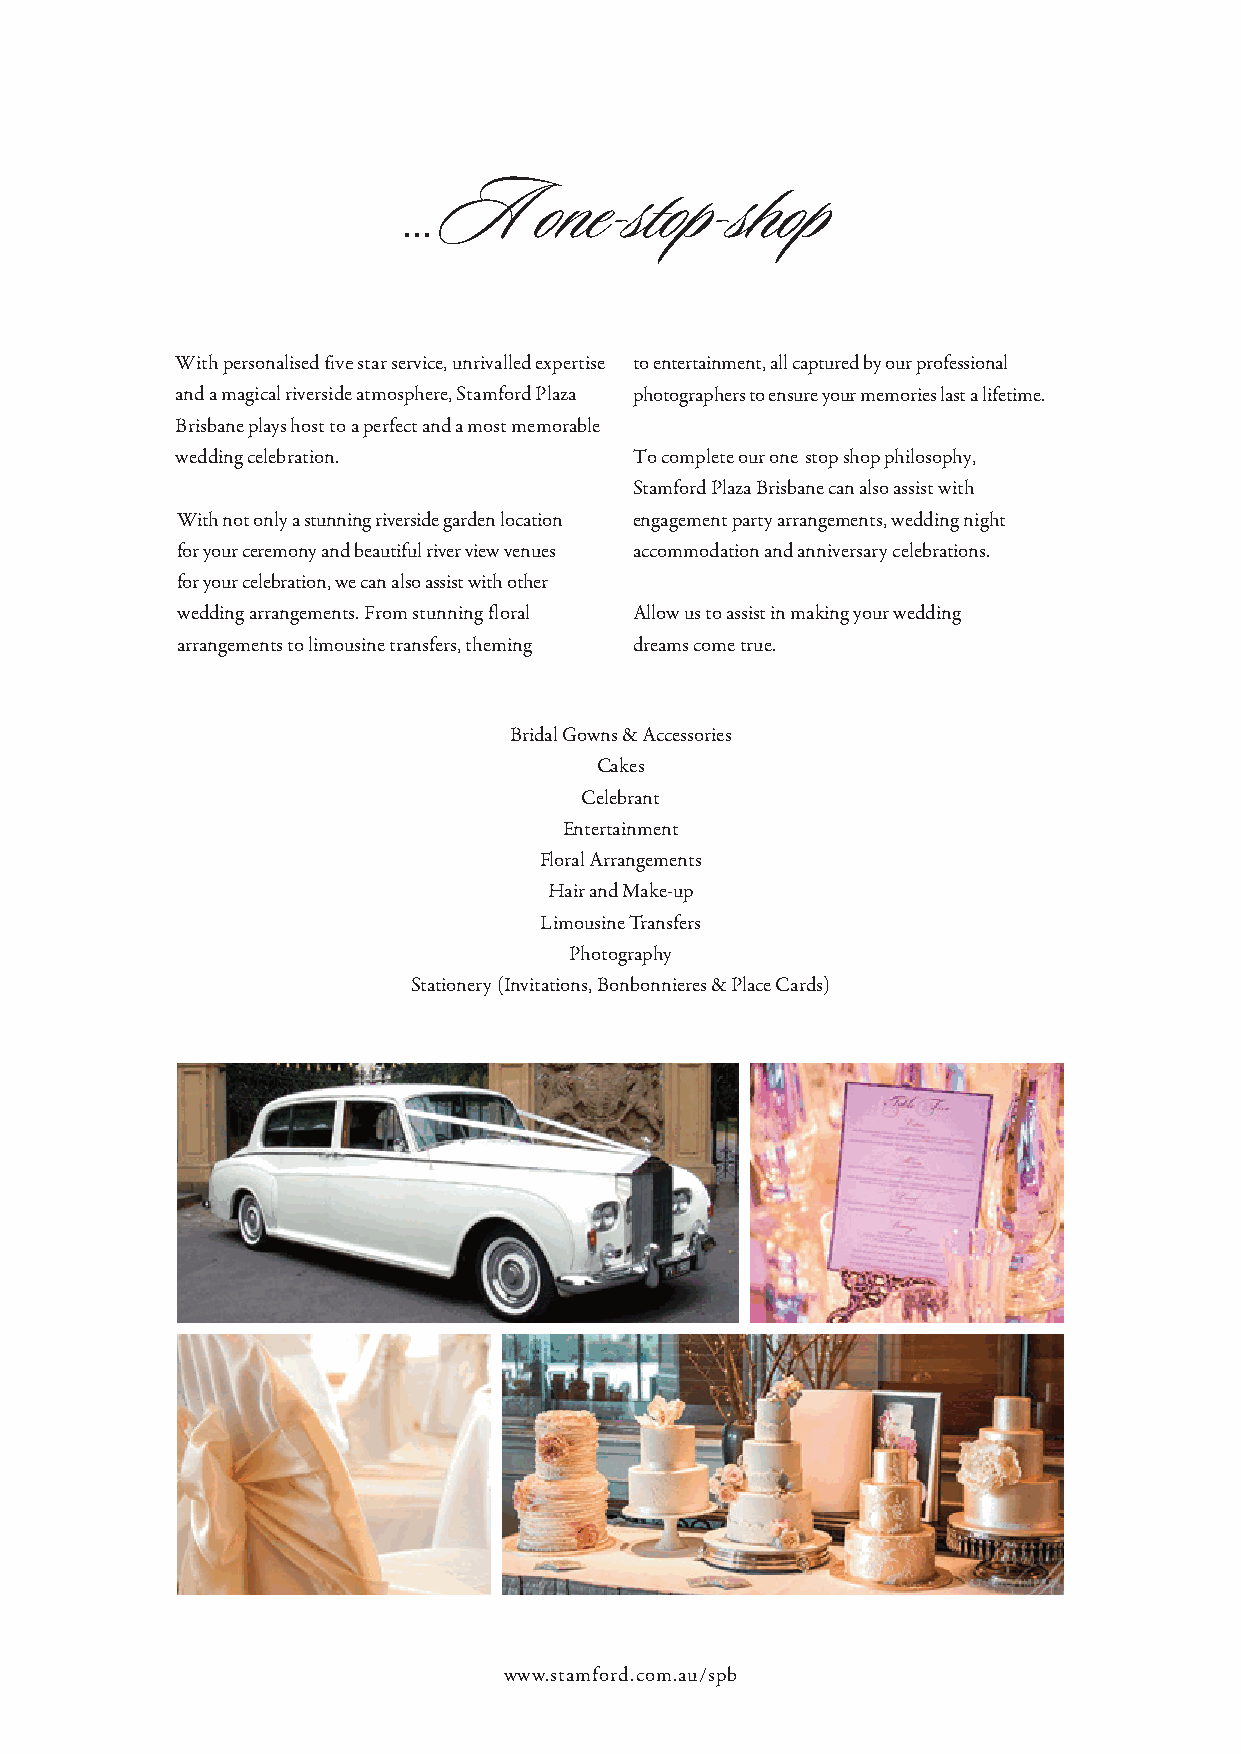
...A     one   stop  shop
 With personalised five star service, unrivalled expertise to entertainment, all captured by our professional
 and a magical riverside atmosphere, Stamford Plaza photographers to ensure your memories last a lifetime.
 Brisbane plays host to a perfect and a most memorable
 wedding celebration.          To complete our one stop shop philosophy,
 Stamford Plaza Brisbane can also assist with
 With not only a stunning riverside garden location engagement party arrangements, wedding night
 for your ceremony and beautiful river view venues accommodation and anniversary celebrations.
 for your celebration, we can also assist with other
 wedding arrangements. From stunning floral Allow us to assist in making your wedding
 arrangements to limousine transfers, theming dreams come true.
 Bridal Gowns & Accessories
 Cakes
 Celebrant
 Entertainment
 Floral Arrangements
 Hair and Make-up
 Limousine Transfers
 Photography
 Stationery (Invitations, Bonbonnieres & Place Cards)
 www.stamford.com.au/spb